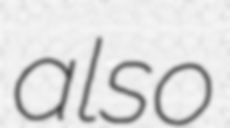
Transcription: also